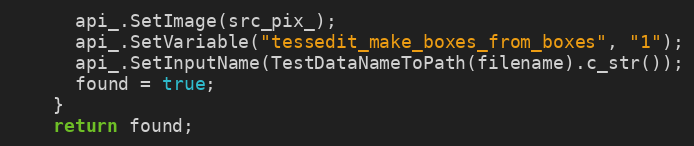
Language: C++
      api_.SetImage(src_pix_);
      api_.SetVariable("tessedit_make_boxes_from_boxes", "1");
      api_.SetInputName(TestDataNameToPath(filename).c_str());
      found = true;
    }
    return found;